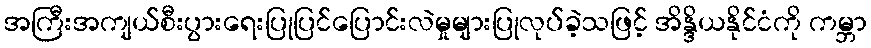
အကြီးအကျယ်စီးပွားရေးပြုပြင်ပြောင်းလဲမှုများပြုလုပ်ခဲ့သဖြင့် အိန္ဒိယနိုင်ငံကို ကမ္ဘာ